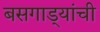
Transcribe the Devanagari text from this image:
बसगाड्यांची